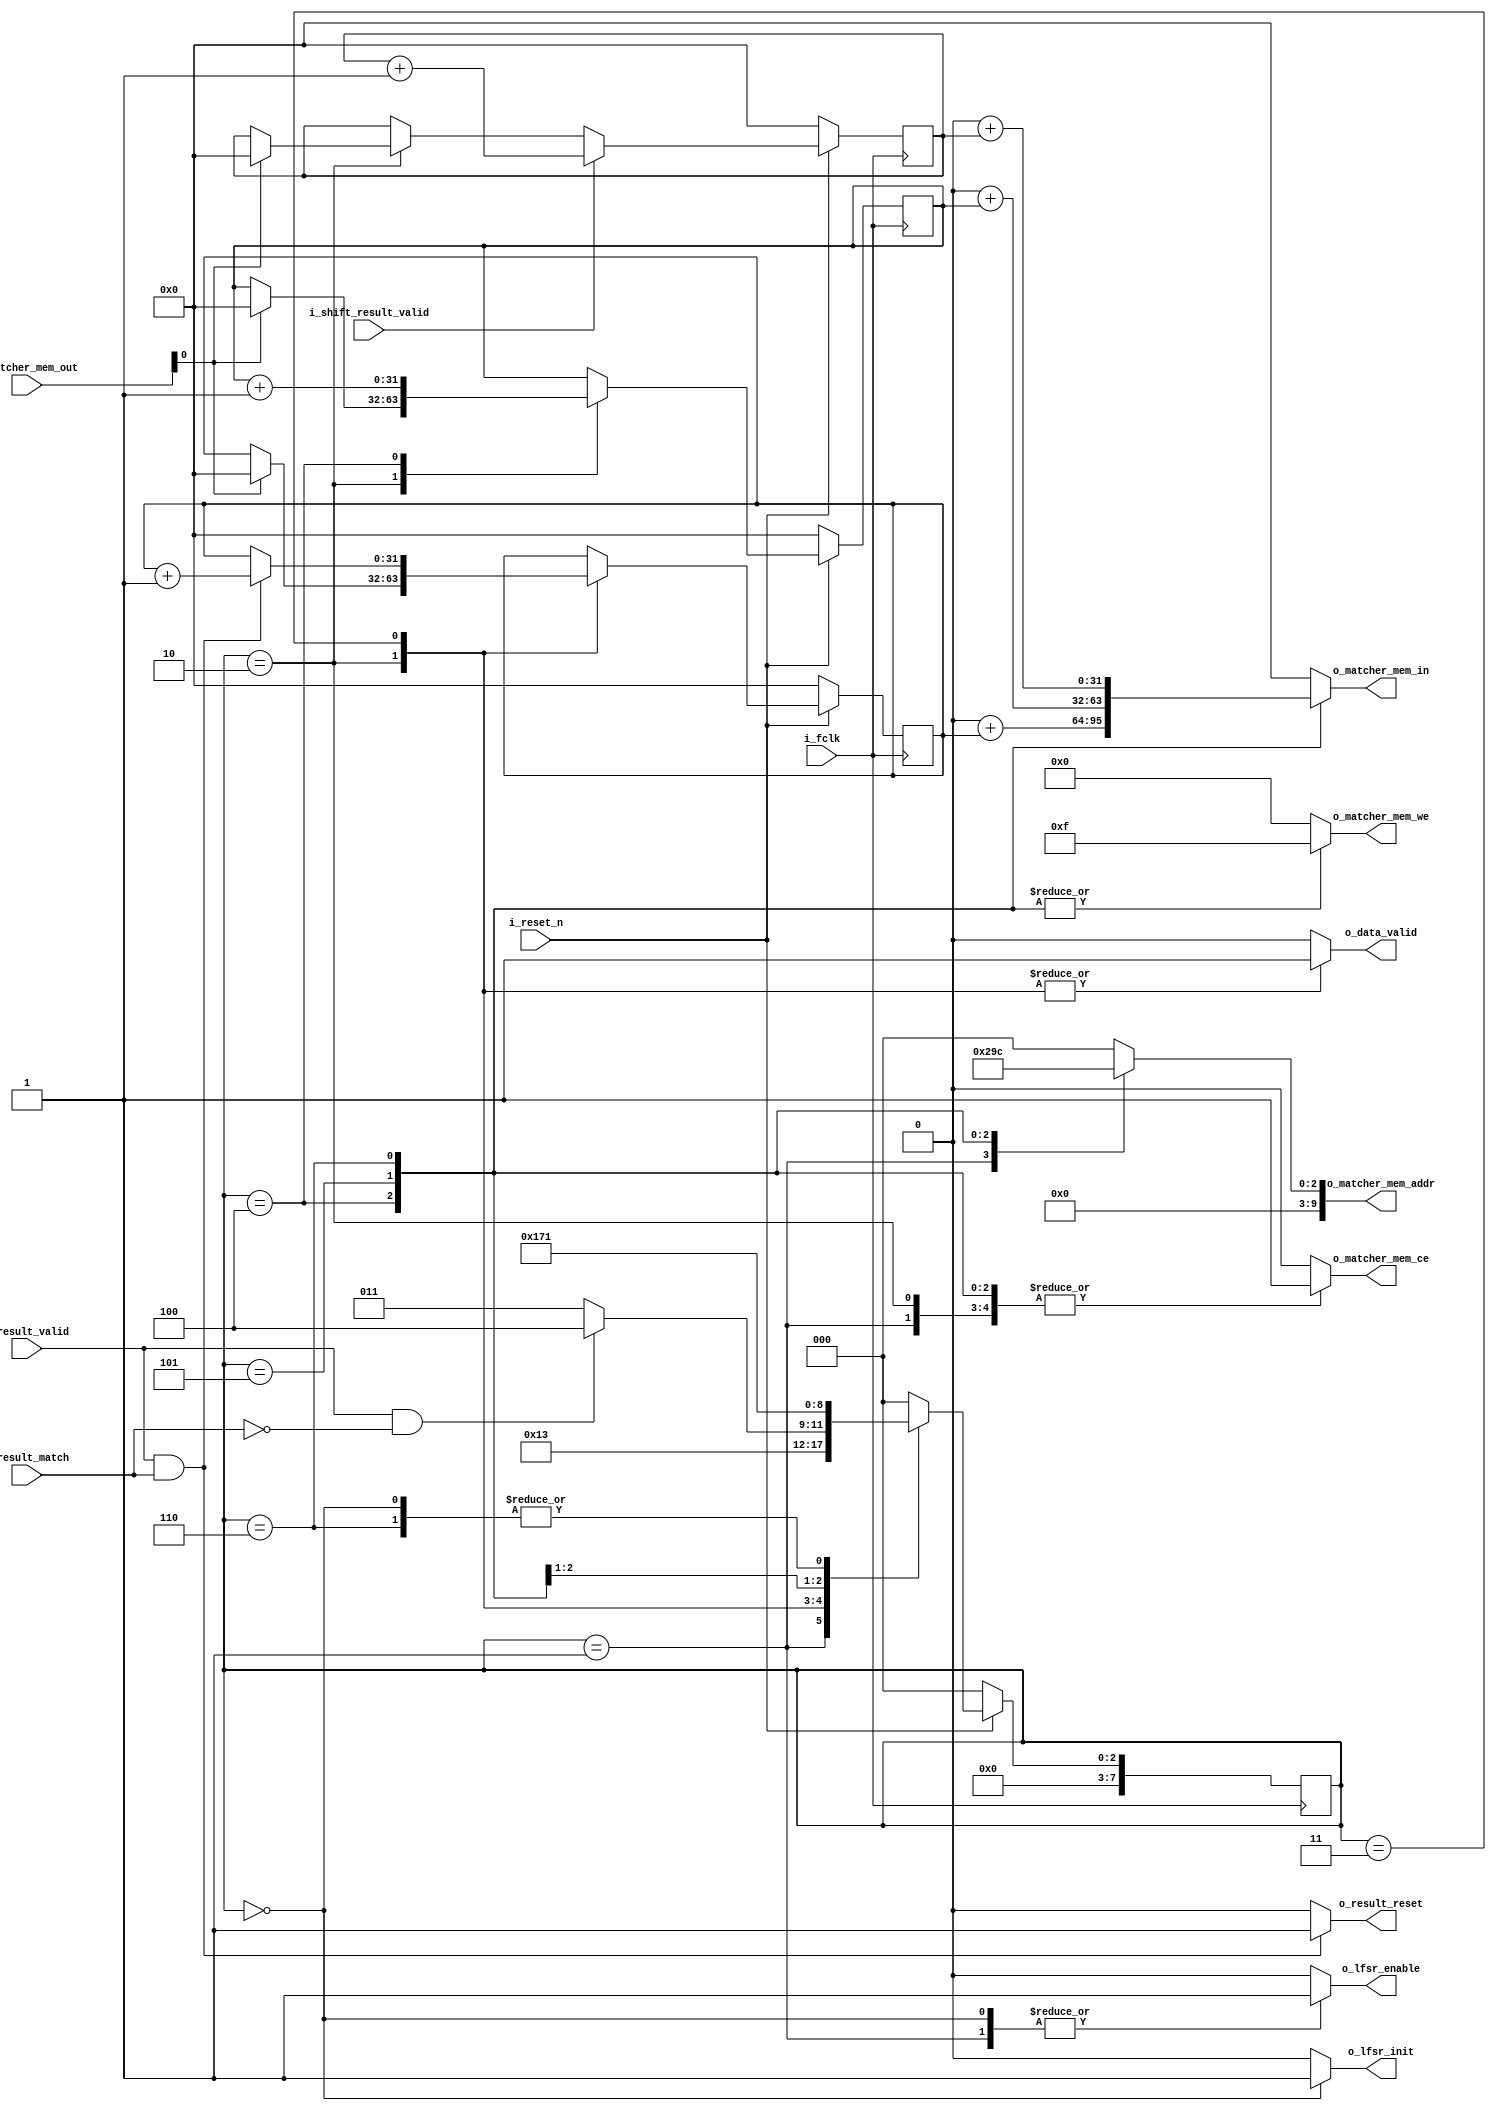
`timescale 1ns/100ps
module MATCHING_CTRL #
(
    parameter integer DATA_WIDTH = 64,
    parameter integer MATCHER_NUM = 1
)
(
    input wire i_fclk,
    input wire i_reset_n,

    output wire o_lfsr_init,
    output wire o_lfsr_enable,

    output wire o_data_valid,
    input wire [MATCHER_NUM-1:0] i_result_match,
    input wire [MATCHER_NUM-1:0] i_result_valid,
    input wire [MATCHER_NUM-1:0] i_shift_result_valid,
    output wire [MATCHER_NUM-1:0] o_result_reset,

    output wire o_matcher_mem_ce,
    output wire [3:0] o_matcher_mem_we,
    output wire [9:0] o_matcher_mem_addr,
    input wire [31:0] i_matcher_mem_out,
    output wire [31:0] o_matcher_mem_in
);

    parameter integer   ADDR_RESET = 'h01,
                        ADDR_MATCH = 'h02,
                        ADDR_PASS = 'h03,
                        ADDR_FILTER = 'h04;

    localparam integer  STATE_LFSR_INIT = 'h0,
                        STATE_RAND_DATA_SET = 'h1,
                        STATE_CHECK_RESET = 'h2,
                        STATE_WAIT = 'h3,
                        STATE_SAVE_MATCH = 'h4,
                        STATE_SAVE_PASS = 'h5,
                        STATE_SAVE_FILTER = 'h6;

    reg [7:0] cur_state, next_state;

    reg r_lfsr_init;
    reg r_lfsr_enable;
    reg r_data_valid;
    reg r_matcher_mem_ce;
    reg [3:0] r_matcher_mem_we;
    reg [9:0] r_matcher_mem_addr;
    reg [31:0] r_matcher_mem_in;

    reg [31:0] r_match_count [MATCHER_NUM-1:0];
    reg [31:0] r_pass_count [MATCHER_NUM-1:0];
    reg [31:0] r_filter_count [MATCHER_NUM-1:0];

    always @(posedge i_fclk) begin
        if(!i_reset_n) begin
            cur_state <= STATE_LFSR_INIT;
        end else begin
            cur_state <= next_state;
        end
    end

    always @(*) begin
        case(cur_state)
            STATE_LFSR_INIT: begin
                next_state = STATE_RAND_DATA_SET;
            end
            STATE_RAND_DATA_SET: begin
                next_state = STATE_CHECK_RESET;
            end
            STATE_CHECK_RESET: begin
                next_state = STATE_WAIT;
            end
            STATE_WAIT: begin
                if(i_result_valid == {MATCHER_NUM{1'b1}} && i_result_match == {MATCHER_NUM{1'b0}})
                    next_state = STATE_SAVE_MATCH;
                else
                    next_state = STATE_WAIT;
            end
            STATE_SAVE_MATCH: begin
                next_state = STATE_SAVE_PASS;
            end
            STATE_SAVE_PASS: begin
                next_state = STATE_SAVE_FILTER;
            end
            STATE_SAVE_FILTER: begin
                next_state = STATE_RAND_DATA_SET;
            end
            default: begin
                next_state = STATE_LFSR_INIT;
            end
        endcase
    end

    always @(*) begin
        case(cur_state)
            STATE_LFSR_INIT: begin
                r_lfsr_init = 1'b1;
                r_lfsr_enable = 1'b1;
                r_data_valid = 1'b0;
                r_matcher_mem_ce = 1'b0;
                r_matcher_mem_we = 'h0;
                r_matcher_mem_addr = 'h0;
            end
            STATE_RAND_DATA_SET: begin
                r_lfsr_init = 1'b0;
                r_lfsr_enable = 1'b1;
                r_data_valid = 1'b0;
                r_matcher_mem_ce = 1'b1;
                r_matcher_mem_we = 'h0;
                r_matcher_mem_addr = ADDR_RESET;
            end
            STATE_CHECK_RESET: begin
                r_lfsr_init = 1'b0;
                r_lfsr_enable = 1'b0;
                r_data_valid = 1'b1;
                r_matcher_mem_ce = 1'b1;
                r_matcher_mem_we = 'h0;
                r_matcher_mem_addr = 'h0;
            end
            STATE_WAIT: begin
                r_lfsr_init = 1'b0;
                r_lfsr_enable = 1'b0;
                r_data_valid = 1'b1;
                r_matcher_mem_ce = 1'b0;
                r_matcher_mem_we = 'h0;
                r_matcher_mem_addr = 'h0;
            end
            STATE_SAVE_MATCH: begin
                r_lfsr_init = 1'b0;
                r_lfsr_enable = 1'b0;
                r_data_valid = 1'b0;
                r_matcher_mem_ce = 1'b1;
                r_matcher_mem_we = 'hF;
                r_matcher_mem_addr = ADDR_MATCH;
            end
            STATE_SAVE_PASS: begin
                r_lfsr_init = 1'b0;
                r_lfsr_enable = 1'b0;
                r_data_valid = 1'b0;
                r_matcher_mem_ce = 1'b1;
                r_matcher_mem_we = 'hF;
                r_matcher_mem_addr = ADDR_PASS;
            end
            STATE_SAVE_FILTER: begin
                r_lfsr_init = 1'b0;
                r_lfsr_enable = 1'b0;
                r_data_valid = 1'b0;
                r_matcher_mem_ce = 1'b1;
                r_matcher_mem_we = 'hF;
                r_matcher_mem_addr = ADDR_FILTER;
            end
            default: begin
                r_lfsr_init = 1'b0;
                r_lfsr_enable = 1'b0;
                r_data_valid = 1'b0;
                r_matcher_mem_ce = 1'b0;
                r_matcher_mem_we = 'h0;
                r_matcher_mem_addr = 'h0;
            end
        endcase
    end

    integer num;

    always @(*) begin
        case(cur_state)
            STATE_SAVE_MATCH: begin
                r_matcher_mem_in = 'h0;
                for(num = 0; num < MATCHER_NUM; num = num + 1)
                    r_matcher_mem_in = r_matcher_mem_in + r_match_count[num];
            end
            STATE_SAVE_PASS: begin
                r_matcher_mem_in = 'h0;
                for(num = 0; num < MATCHER_NUM; num = num + 1)
                    r_matcher_mem_in = r_matcher_mem_in + r_pass_count[num];
            end
            STATE_SAVE_FILTER: begin
                r_matcher_mem_in = 'h0;
                for(num = 0; num < MATCHER_NUM; num = num + 1)
                    r_matcher_mem_in = r_matcher_mem_in + r_filter_count[num];
            end
            default: begin
                r_matcher_mem_in = 'h0;
            end
        endcase
    end

    genvar i;
    for(i = 0; i < MATCHER_NUM; i = i + 1) begin
        always @(posedge i_fclk) begin
            if(!i_reset_n) begin
                r_match_count[i] <= 'h0;
                r_pass_count[i] <= 'h0;
                r_filter_count[i] <= 'h0;
            end else begin
                case(cur_state)
                    STATE_CHECK_RESET: begin
                        if(i_matcher_mem_out[0] == 1'b1) begin
                            r_match_count[i] <= 'h0;
                            r_pass_count[i] <= 'h0;
                            r_filter_count[i] <= 'h0;
                        end
                    end
                    STATE_WAIT: begin
                        if(i_result_valid[i] && i_result_match[i]) begin
                            r_match_count[i] <= r_match_count[i] + 1'b1;
                        end
                    end
                    STATE_SAVE_MATCH: begin
                        r_pass_count[i] <= r_pass_count[i] + 1'b1;
                    end
                endcase
                if(i_shift_result_valid[i]) begin
                    r_filter_count[i] <= r_filter_count[i] + 1'b1;
                end
            end
        end

        assign o_result_reset[i] = (i_result_valid[i] && i_result_match[i]) ? 1'b1 : 1'b0;
    end

    assign o_lfsr_init = r_lfsr_init;
    assign o_lfsr_enable = r_lfsr_enable;
    assign o_data_valid = r_data_valid;

    assign o_matcher_mem_ce = r_matcher_mem_ce;
    assign o_matcher_mem_we = r_matcher_mem_we;
    assign o_matcher_mem_addr = r_matcher_mem_addr;
    assign o_matcher_mem_in = r_matcher_mem_in;

endmodule